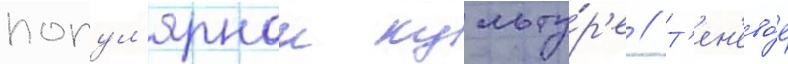
попул'ярнои культу́р'е // Т'ен'ево́е